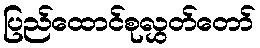
ပြည်ထောင်စုလွှတ်တော်